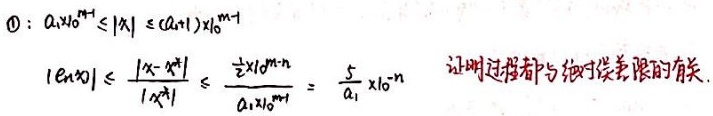
\textcircled{1}: \(a_{1}x_{0}^{m - 1}\leq|x|\leq (a_{1}+1)x_{0}^{m - 1}\)
\[|e_{n}(x)|\leq\frac{|x - x^{[n]}|}{|x^{[n]}|}\leq\frac{\frac{1}{2}x_{0}^{m - n}}{a_{1}x_{0}^{m - 1}}=\frac{1}{2a_{1}}x_{0}^{1 - n}\]
（证明过程都与绝对误差限有关.）